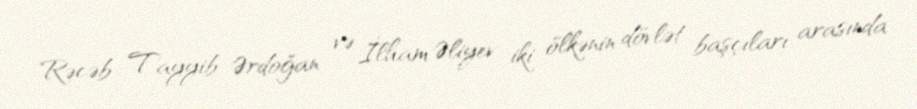
Rəcəb Tayyib Ərdoğan və İlham Əliyev iki ölkənin dövlət başçıları arasında